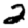
Digit: 2